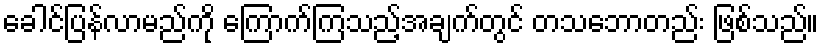
ခေါင်ပြန်လာမည်ကို ကြောက်ကြသည့်အချက်တွင် တသဘောတည်း ဖြစ်သည်။